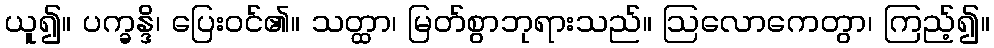
ယူ၍။ ပက္ခန္ဒိ၊ ပြေးဝင်၏။ သတ္ထာ၊ မြတ်စွာဘုရားသည်။ ဩလောကေတွာ၊ ကြည့်၍။